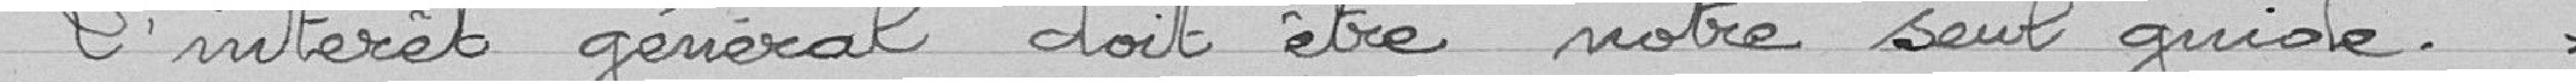
" L'intérêt général doit être notre seul  guide."